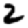
Digit: 2